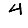
Digit: 4